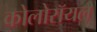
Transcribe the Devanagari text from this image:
कोलोरॉयल